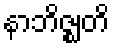
နာဘိဇ္ဈတိ